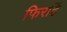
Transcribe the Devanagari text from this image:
फिरहिं